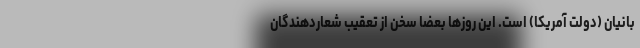
بانیان (دولت آمریکا) است. این روزها بعضا سخن از تعقیب شعاردهندگان